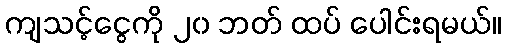
ကျသင့်ငွေကို ၂၀ ဘတ် ထပ် ပေါင်းရမယ်။